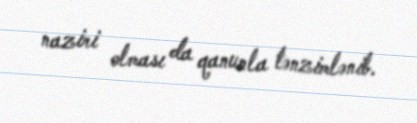
naziri olması da qanunla tənzimlənib.